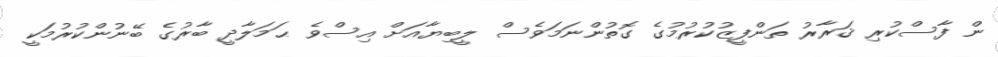
ން ފާސްކުރި ޤަރާރު ތަންފީޒުކުރުމުގެ ގޮތުންނަމަވެސް ލީބިޔާއަށް އިސްވެ ޙަމަލާދީ ބާރުގެ ބޭނުންކުރުމަކީ